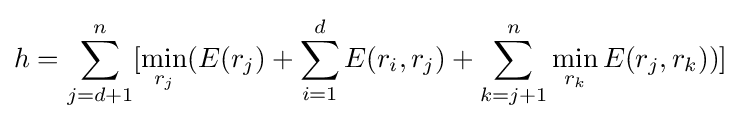
h=\sum _{j=d+1}^{n}[\min _{r_{j}}(E(r_{j})+\sum _{i=1}^{d}E(r_{i},r_{j})+\sum _{k=j+1}^{n}\min _{r_{k}}E(r_{j},r_{k}))]